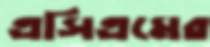
এসিএমের